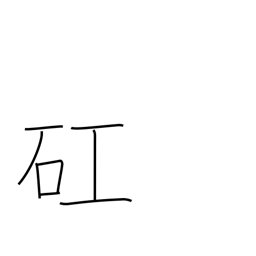
Meaning: serious minded